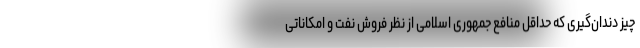
چیز دندان‌گیری که حداقل منافع جمهوری اسلامی از نظر فروش نفت و امکاناتی